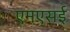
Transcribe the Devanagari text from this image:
एमएसई